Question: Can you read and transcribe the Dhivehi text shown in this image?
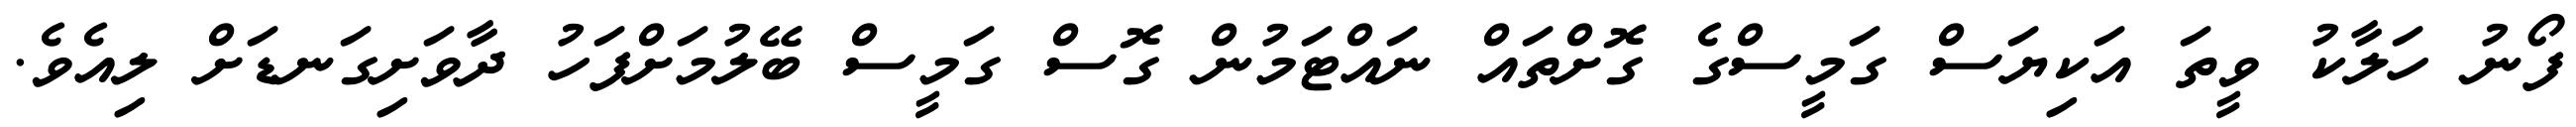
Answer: ފޯނު ހަލާކު ވީތަ އަކިޔަސް ގަމީސްގެ ގޮށްތައް ނައްޓަމުން ގޮސް ގަމީސް ބޭލުމަށްފަހު ދާވަށިގަނޑަށް ލިއެވެ.